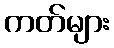
ကတ်များ